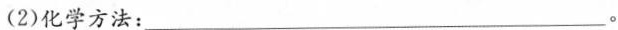
(2)化学方法：___。